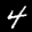
Label: 4